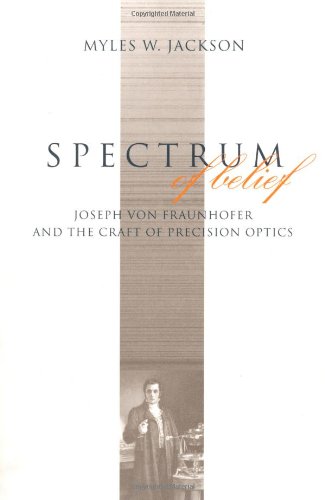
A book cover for Spectrum of Belief: Joseph von Fraunhofer and the Craft of Precision Optics (Transformations: Studies in the History of Science and Technology); Myles W. Jackson; Science & Math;